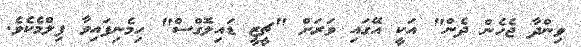
ވިންދާ ޖެހެން ދެން" އަކީ އޭގައި ވަރަށް "ޗީޒީ ޑައިލޮގްސް" ހިމެނިފައިވާ ފިލްމެކެވެ.